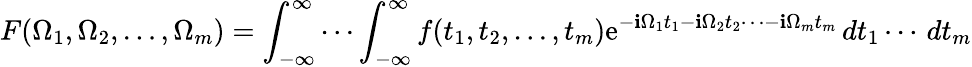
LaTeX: F(\Omega_{1},\Omega_{2},\ldots,\Omega_{m})=\int_{-\infty}^{\infty}\cdots\int_{-\infty}^{\infty}f(t_{1},t_{2},\ldots,t_{m})\mathrm{e}^{-\mathbf{i}\Omega_{1}t_{1}-\mathbf{i}\Omega_{2}t_{2}\cdots-\mathbf{i}\Omega_{m}t_{m}}\, dt_{1}\cdots\, dt_{m}